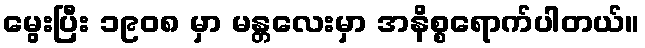
မွေးပြီး ၁၉၀၈ မှာ မန္တလေးမှာ အနိစ္စရောက်ပါတယ်။